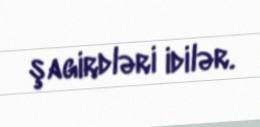
şagirdləri idilər.